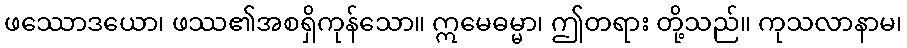
ဖဿောဒယော၊ ဖဿ၏အစရှိကုန်သော။ ဣမေဓမ္မာ၊ ဤတရား တို့သည်။ ကုသလာနာမ၊